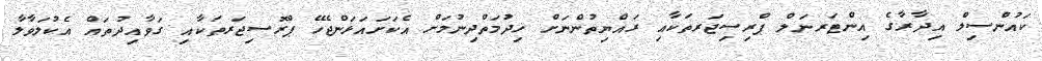
ކައުންސިލް އިދާރާގެ އިންޓަރނަލް ޕްރިސިޖަރތަކާއި ރައްޔިތުންނަށް ޚިދުމަތްދިނުމަށް އެކަށައަޅަންޖެހޭ ޕްރޮސިޖަރތަކާއި ގަވާއިދުތައް އެކުލަވާލާ